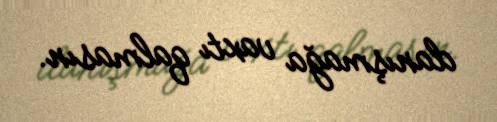
danışmağa vaxtı qalmasın.